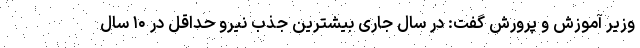
وزیر آموزش و پرورش گفت: در سال جاری بیشترین جذب نیرو حداقل در ۱۰ سال